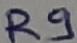
Text: R9